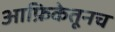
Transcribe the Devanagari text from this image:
आफ्रिकेतूनच